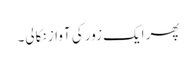
پھر ایک زور کی آواز نکالی۔